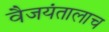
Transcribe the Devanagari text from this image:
वैजयंतालाच